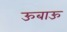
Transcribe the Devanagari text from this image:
ऊबाऊ